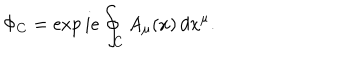
LaTeX: \Phi _ { C } = \exp i e \oint _ { C } A _ { \mu } ( x ) \, d x ^ { \mu } .